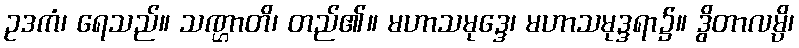
ဥဒကံ၊ ရေသည်။ သဏ္ဌာတိ၊ တည်၏။ မဟာသမုဒ္ဒေ၊ မဟာသမုဒ္ဒရာ၌။ ဒွိတာလမ္ပိ၊